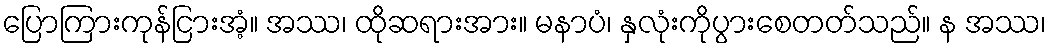
ပြောကြားကုန်ငြားအံ့။ အဿ၊ ထိုဆရားအား။ မနာပံ၊ နှလုံးကိုပွားစေတတ်သည်။ န အဿ၊